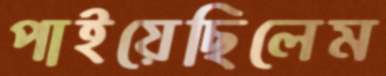
পাইয়েছিলেম